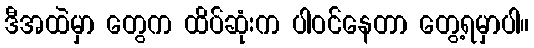
ဒီအထဲမှာ တွေက ထိပ်ဆုံးက ပါဝင်နေတာ တွေ့ရမှာပါ။